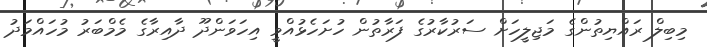
މިބިލް ރައްޔިތުންގެ މަޖިލީހަށް ސަރުކާރުގެ ފަރާތުން ހުށަހެޅުއްވީ އިހަވަންދޫ ދާއިރާގެ މެމްބަރު މުހައްމަދު